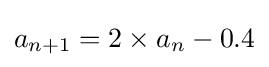
a_{n+1}=2\times a_{n}-0.4